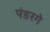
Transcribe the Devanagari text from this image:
पंडरगे